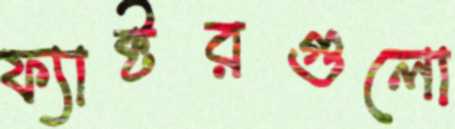
ফ্যাক্টরগুলো